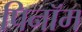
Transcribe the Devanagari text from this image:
पिनॉम